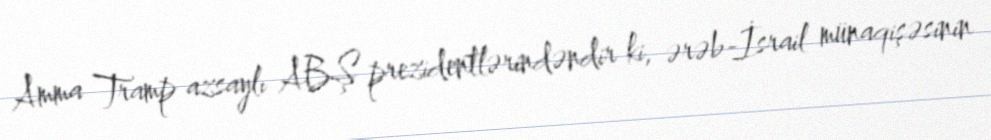
Amma Tramp azsaylı ABŞ prezidentlərindəndir ki, ərəb-İsrail münaqişəsinin